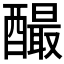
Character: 𨣅